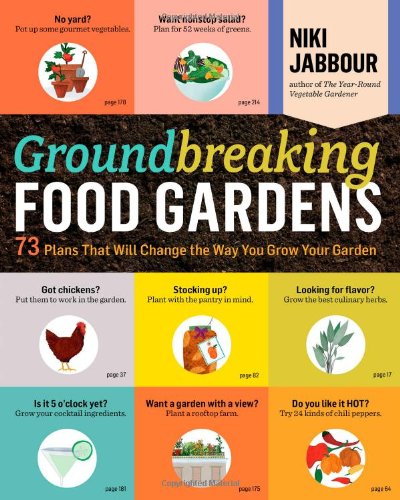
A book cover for Groundbreaking Food Gardens: 73 Plans That Will Change the Way You Grow Your Garden; Niki Jabbour; Crafts, Hobbies & Home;